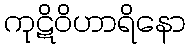
ကုဋိဝိဟာရိနော